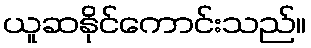
ယူဆနိုင်ကောင်းသည်။